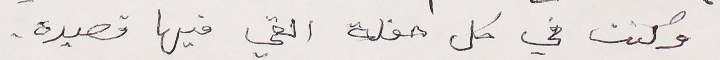
وكنت في كل حفلة القي فيها قصيدة.